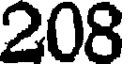
208